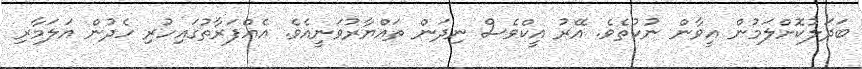
ބަދަލުކޮށްލަމުން އީވާން ނުކުތެވެ. އޭރު އީކްވެސް ނިދަން ތައްޔާރުވަނީއެވެ. އެއްފަރާތުގައިހުރި ހެދުން އަލަމާރި